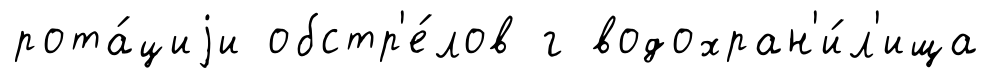
рота́циjи обстр'е́лов г водохран'и́л'ища